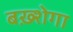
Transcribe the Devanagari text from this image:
बख़्शेगा